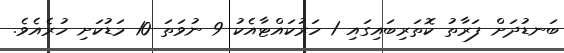
ބަނޑުދަށް ފަރާތު ކޮތަރިބައިގައި 1 ހަރުކައްޓާއެކު 9 ނުވަތަ 10 މަޑުކަށި ހުރެއެވެ.